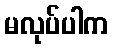
မလုပ်ပါက